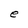
Character: e